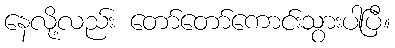
နေလို့လည်း တော်တော်ကောင်းသွားပါပြီ။